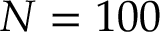
N = 1 0 0